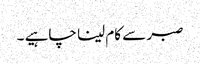
صبر سے کام لینا چاہیے ۔